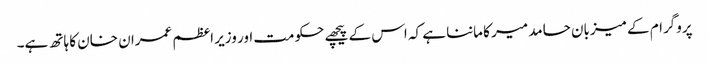
پروگرام کے میزبان حامد میر کا ماننا ہے کہ اس کے پیچھے حکومت اور وزیر اعظم عمران خان کا ہاتھ ہے۔